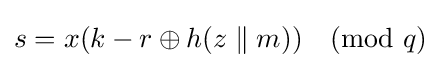
s=x(k-r\oplus h(z\parallel m)){\pmod {q}}